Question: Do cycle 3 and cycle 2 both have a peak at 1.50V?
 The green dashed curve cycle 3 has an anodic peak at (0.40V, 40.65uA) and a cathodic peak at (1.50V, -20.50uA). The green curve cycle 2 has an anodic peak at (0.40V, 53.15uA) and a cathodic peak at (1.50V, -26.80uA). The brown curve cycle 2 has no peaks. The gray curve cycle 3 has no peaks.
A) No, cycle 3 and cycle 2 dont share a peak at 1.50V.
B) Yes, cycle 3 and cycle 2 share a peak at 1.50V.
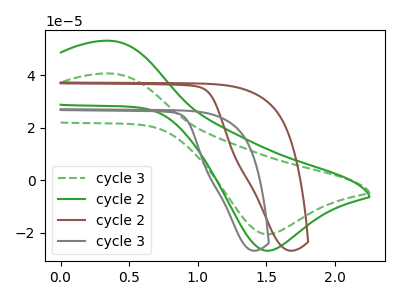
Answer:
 <answer>B) Yes, "cycle 3" and "cycle 2" share a peak at 1.50V.</answer>
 <eval>B</eval>